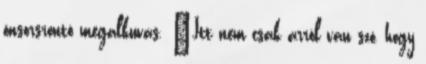
önsorsrontó megalkuvás. „Itt nem csak arról van szó, hogy